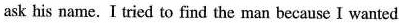
ask his name, I tried to find the man because I wanted